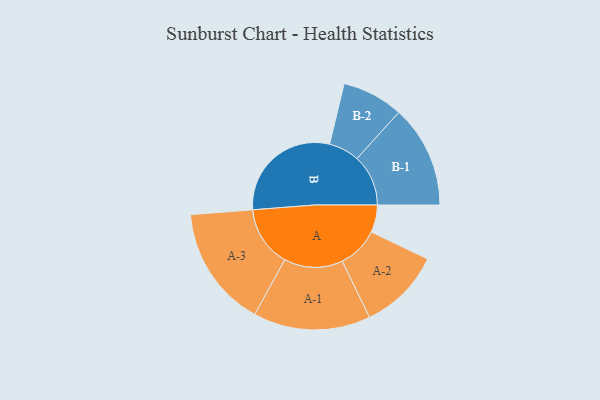
{"axis": {"x": "Segment", "y": "Value"}, "legend": ["", "A", "B"], "data": [{"x": "A", "y": 101, "type": ""}, {"x": "B", "y": 426, "type": ""}, {"x": "A-1", "y": 216, "type": "A"}, {"x": "A-2", "y": 152, "type": "A"}, {"x": "A-3", "y": 224, "type": "A"}, {"x": "B-1", "y": 189, "type": "B"}, {"x": "B-2", "y": 113, "type": "B"}]}